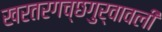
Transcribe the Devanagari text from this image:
खरतरगच्छगुर्वावली